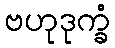
ဗဟုဒုက္ခံ